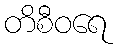
တိစီဝရေ